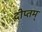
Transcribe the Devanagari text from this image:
दीप्तम्